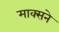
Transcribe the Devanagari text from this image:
माक्सने